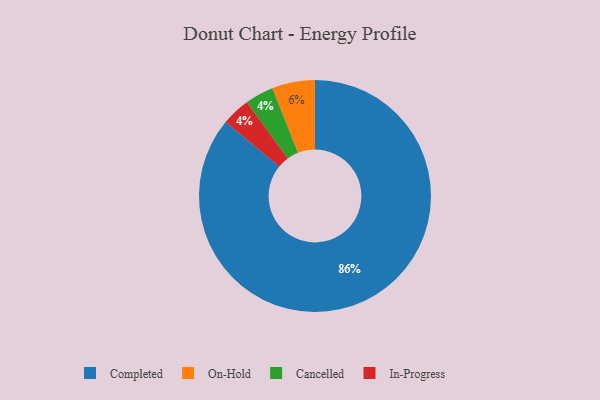
{"axis": {"x": "Category", "y": "Percentage"}, "legend": ["Cancelled", "Completed", "In-Progress", "On-Hold"], "data": [{"x": "Cancelled", "y": 4, "type": "Cancelled"}, {"x": "Completed", "y": 86, "type": "Completed"}, {"x": "In-Progress", "y": 4, "type": "In-Progress"}, {"x": "On-Hold", "y": 6, "type": "On-Hold"}]}